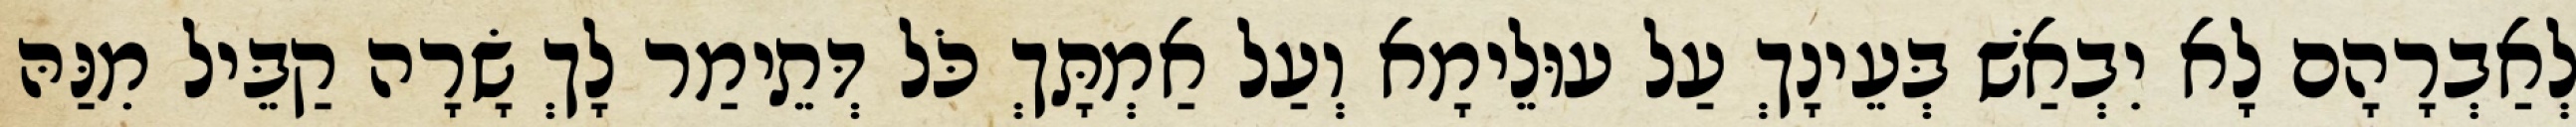
לְאַבְרָהָם לָא יִבְאַשׁ בְּעֵינָךְ עַל עוּלֵימָא וְעַל אַמְתָּךְ כֹּל דְּתֵימַר לָךְ שָׂרָה קַבֵּיל מִנַּהּ